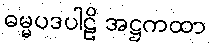
ဓမ္မပဒပါဠိ အဋ္ဌကထာ